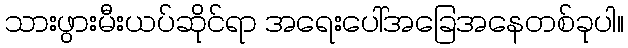
သားဖွားမီးယပ်ဆိုင်ရာ အရေးပေါ်အခြေအနေတစ်ခုပါ။